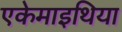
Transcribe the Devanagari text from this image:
एकेमाइथिया